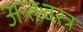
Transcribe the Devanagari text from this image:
अन्तःवस्त्र